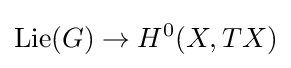
{\text{Lie}}(G)\to H^{0}(X,TX)